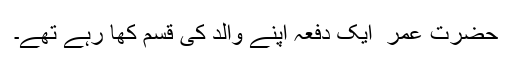
حضرت عمر ؓ ایک دفعہ اپنے والد کی قسم کھا رہے تھے۔